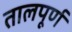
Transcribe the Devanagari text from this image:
तालपूर्ण